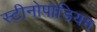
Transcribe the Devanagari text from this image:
स्टीनोपोडियम